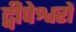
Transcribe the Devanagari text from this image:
द्वीपेश्वरों